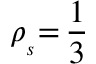
\rho _ { _ s } { = } \, \frac { 1 } { 3 }